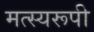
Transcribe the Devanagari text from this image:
मत्स्यरूपी